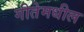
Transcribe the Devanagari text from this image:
गीतेमधील